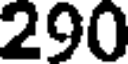
290